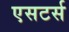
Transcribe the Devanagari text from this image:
एसटर्स